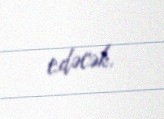
edəcək.